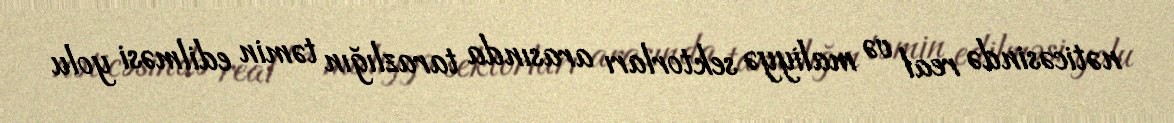
nəticəsində real və maliyyə sektorları arasında tarazlığın təmin edilməsi yolu